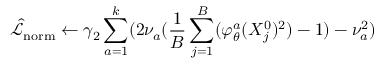
\hat { \mathcal { L } } _ { \mathrm { { n o r m } } } \gets \gamma _ { 2 } \sum _ { a = 1 } ^ { k } ( 2 \nu _ { a } ( \frac { 1 } { B } \sum _ { j = 1 } ^ { B } ( \varphi _ { \theta } ^ { a } ( X _ { j } ^ { 0 } ) ^ { 2 } ) - 1 ) - \nu _ { a } ^ { 2 } )